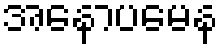
အနောပမေန